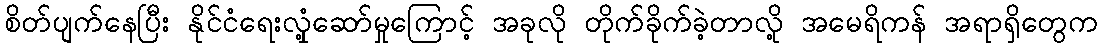
စိတ်ပျက်နေပြီး နိုင်ငံရေးလှုံ့ဆော်မှုကြောင့် အခုလို တိုက်ခိုက်ခဲ့တာလို့ အမေရိကန် အရာရှိတွေက